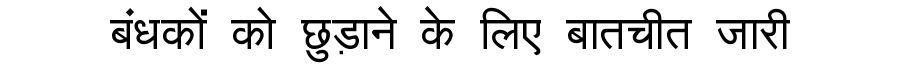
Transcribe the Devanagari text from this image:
बंधकों को छुड़ाने के लिए बातचीत जारी